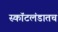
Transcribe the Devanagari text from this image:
स्कॉटलंडातच